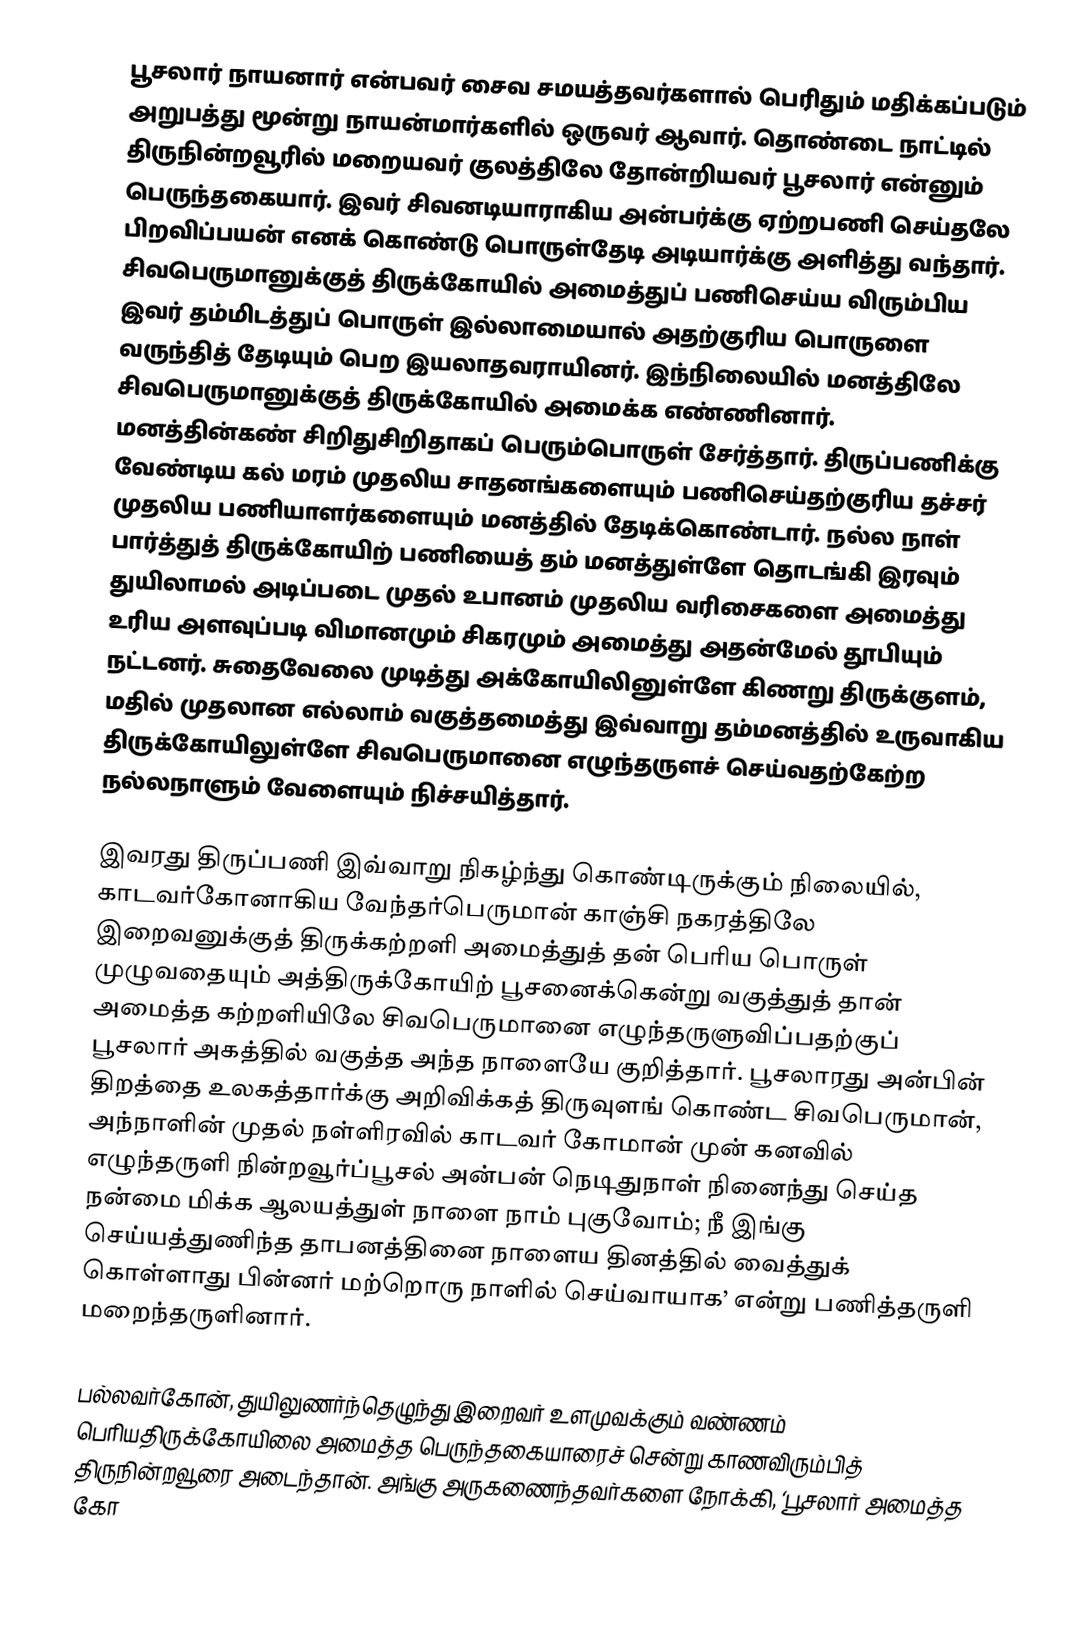
பூசலார் நாயனார் என்பவர் சைவ சமயத்தவர்களால் பெரிதும் மதிக்கப்படும் அறுபத்து மூன்று நாயன்மார்களில் ஒருவர் ஆவார். தொண்டை நாட்டில் திருநின்றவூரில் மறையவர் குலத்திலே தோன்றியவர் பூசலார் என்னும் பெருந்தகையார். இவர் சிவனடியாராகிய அன்பர்க்கு ஏற்றபணி செய்தலே பிறவிப்பயன் எனக் கொண்டு பொருள்தேடி அடியார்க்கு அளித்து வந்தார். சிவபெருமானுக்குத் திருக்கோயில் அமைத்துப் பணிசெய்ய விரும்பிய இவர் தம்மிடத்துப் பொருள் இல்லாமையால் அதற்குரிய பொருளை வருந்தித் தேடியும் பெற இயலாதவராயினர். இந்நிலையில் மனத்திலே சிவபெருமானுக்குத் திருக்கோயில் அமைக்க எண்ணினார். மனத்தின்கண் சிறிதுசிறிதாகப் பெரும்பொருள் சேர்த்தார். திருப்பணிக்கு வேண்டிய கல் மரம் முதலிய சாதனங்களையும் பணிசெய்தற்குரிய தச்சர் முதலிய பணியாளர்களையும் மனத்தில் தேடிக்கொண்டார். நல்ல நாள் பார்த்துத் திருக்கோயிற் பணியைத் தம் மனத்துள்ளே தொடங்கி இரவும் துயிலாமல் அடிப்படை முதல் உபானம் முதலிய வரிசைகளை அமைத்து உரிய அளவுப்படி விமானமும் சிகரமும் அமைத்து அதன்மேல் தூபியும் நட்டனர். சுதைவேலை முடித்து அக்கோயிலினுள்ளே கிணறு திருக்குளம், மதில் முதலான எல்லாம் வகுத்தமைத்து இவ்வாறு தம்மனத்தில் உருவாகிய திருக்கோயிலுள்ளே சிவபெருமானை எழுந்தருளச் செய்வதற்கேற்ற நல்லநாளும் வேளையும் நிச்சயித்தார்.

இவரது திருப்பணி இவ்வாறு நிகழ்ந்து கொண்டிருக்கும் நிலையில், காடவர்கோனாகிய வேந்தர்பெருமான் காஞ்சி நகரத்திலே இறைவனுக்குத் திருக்கற்றளி அமைத்துத் தன் பெரிய பொருள் முழுவதையும் அத்திருக்கோயிற் பூசனைக்கென்று வகுத்துத் தான் அமைத்த கற்றளியிலே சிவபெருமானை எழுந்தருளுவிப்பதற்குப் பூசலார் அகத்தில் வகுத்த அந்த நாளையே குறித்தார். பூசலாரது அன்பின் திறத்தை உலகத்தார்க்கு அறிவிக்கத் திருவுளங் கொண்ட சிவபெருமான், அந்நாளின் முதல் நள்ளிரவில் காடவர் கோமான் முன் கனவில் எழுந்தருளி நின்றவூர்ப்பூசல் அன்பன் நெடிதுநாள் நினைந்து செய்த நன்மை மிக்க ஆலயத்துள் நாளை நாம் புகுவோம்; நீ இங்கு செய்யத்துணிந்த தாபனத்தினை நாளைய தினத்தில் வைத்துக் கொள்ளாது பின்னர் மற்றொரு நாளில் செய்வாயாக’ என்று பணித்தருளி மறைந்தருளினார்.

பல்லவர்கோன், துயிலுணர்ந்தெழுந்து இறைவர் உளமுவக்கும் வண்ணம் பெரியதிருக்கோயிலை அமைத்த பெருந்தகையாரைச் சென்று காணவிரும்பித் திருநின்றவூரை அடைந்தான். அங்கு அருகணைந்தவர்களை நோக்கி, ‘பூசலார் அமைத்த கோ